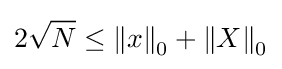
2{\sqrt {N}}\leq \left\|x\right\|_{0}+\left\|X\right\|_{0}